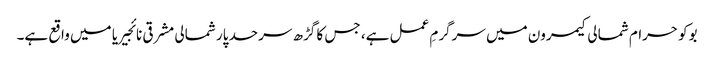
بوکو حرام شمالی کیمرون میں سرگرمِ عمل ہے، جس کا گڑھ سرحد پار شمالی مشرقی نائجیریا میں واقع ہے۔